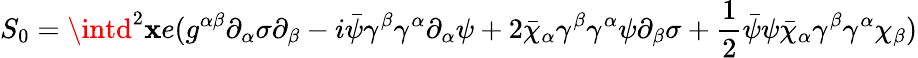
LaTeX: S_{0}=\intd^{2}\mathbf{x}e(g^{\alpha\beta}\partial_{\alpha}\sigma\partial_{\beta}-i\bar{{\psi}}\gamma^{\beta}\gamma^{\alpha}\partial_{\alpha}\psi+2\bar{{\chi}}_{\alpha}\gamma^{\beta}\gamma^{\alpha}\psi\partial_{\beta}\sigma+\frac{{1}}{{2}}\bar{{\psi}}\psi\bar{{\chi}}_{\alpha}\gamma^{\beta}\gamma^{\alpha}\chi_{\beta})